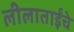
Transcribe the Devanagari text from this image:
लीलाताईंचे